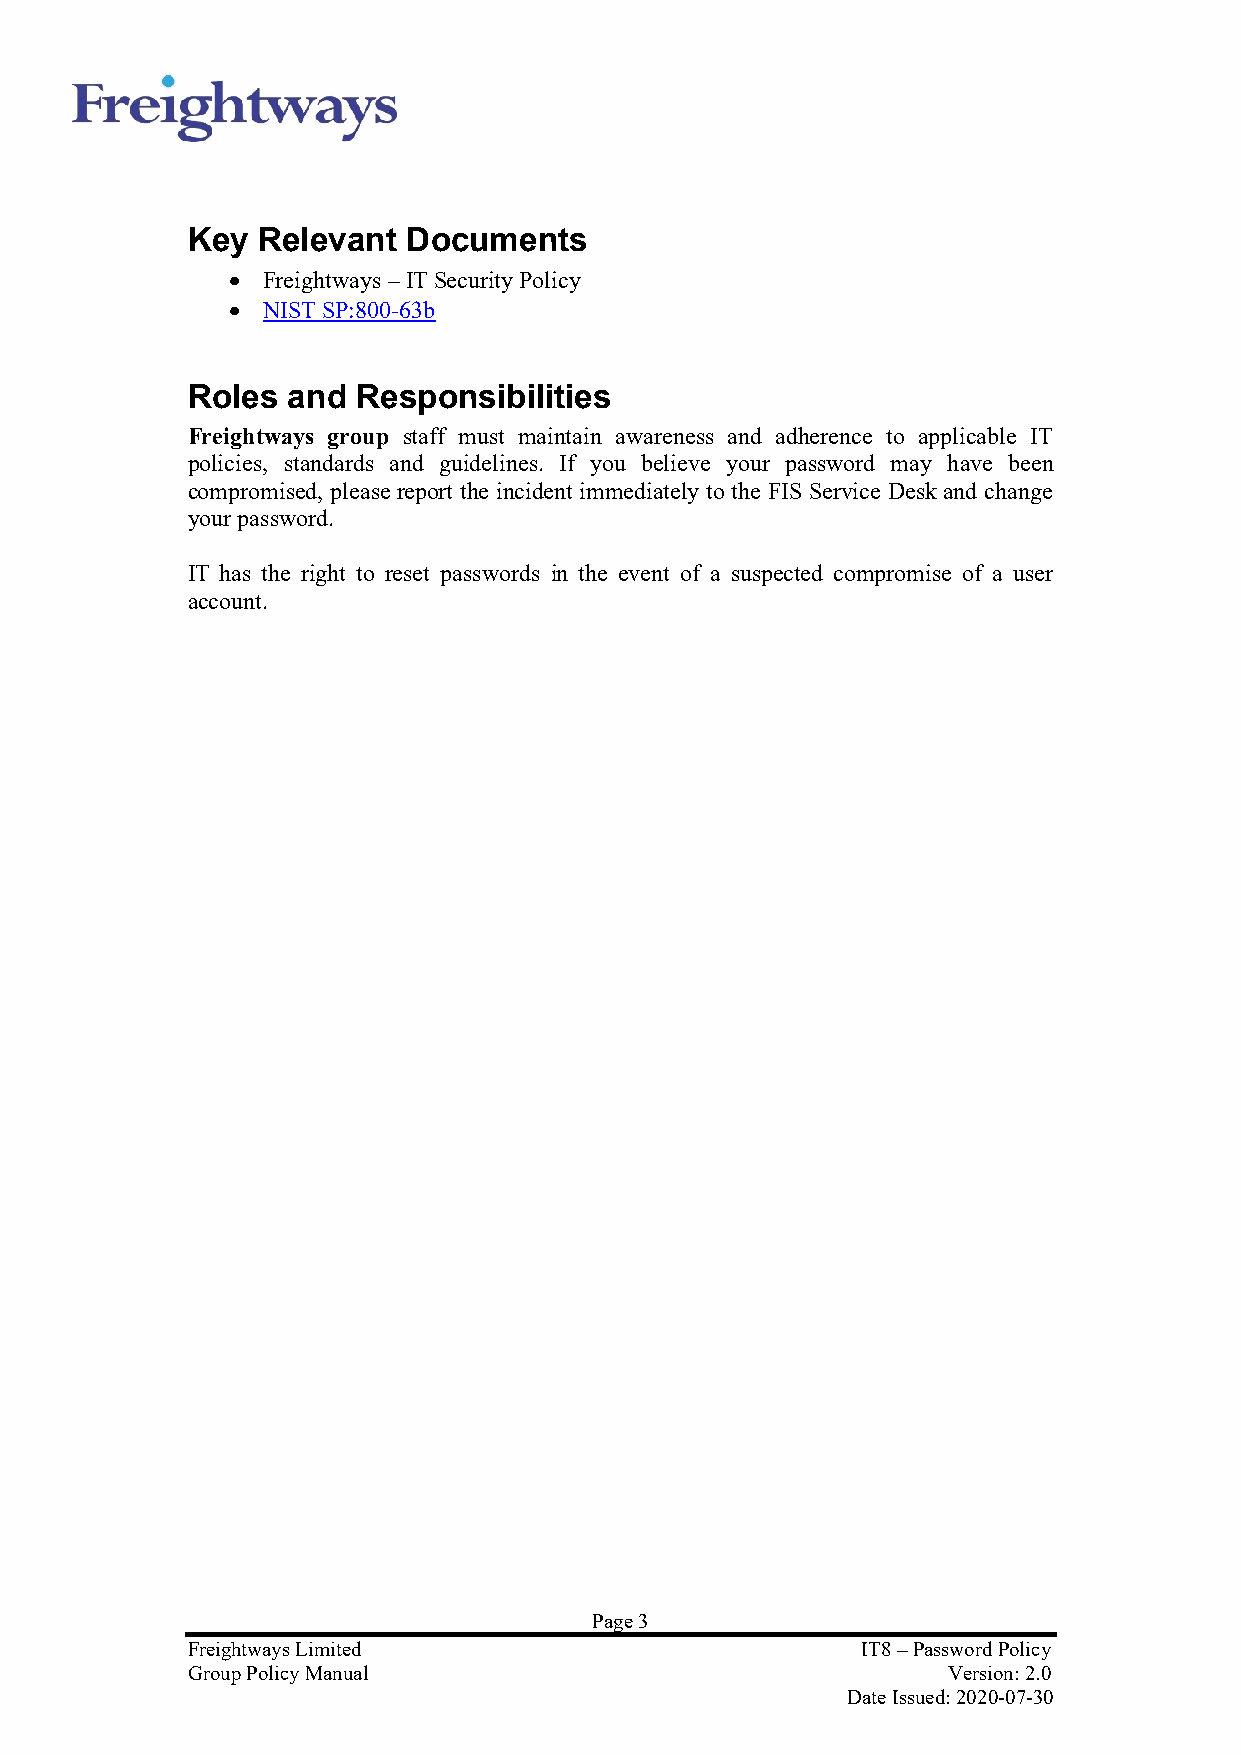
Key  Relevant  Documents
 • Freightways – IT Security Policy
 • NIST SP:800-63b
 Roles  and  Responsibilities
 Freightways group staff must maintain awareness and adherence to applicable IT
 policies, standards and guidelines. If you believe your password may have been
 compromised, please report the incident immediately to the FIS Service Desk and change
 your password.
 IT has the right to reset passwords in the event of a suspected compromise of a user
 account.
 Page 3
 Freightways Limited                          IT8 – Password Policy
 Group Policy Manual                                Version: 2.0
 Date Issued: 2020-07-30